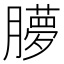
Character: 䑅